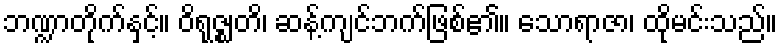
ဘဏ္ဍာတိုက်နှင့်။ ဝိရုဇ္ဈတိ၊ ဆန့်ကျင်ဘက်ဖြစ်၏။ သောရာဇာ၊ ထိုမင်းသည်။